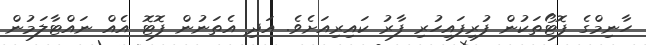
ހާނިމްގެ ފޮޓޯތަކުން ފުރިފައިހުރި ފާރު ކައިރިއަށެވެ. އަދި އެތަނުން ފޮޓޮ އެއް ނައްޓާލަމުން